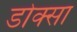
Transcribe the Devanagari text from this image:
डोक्सा